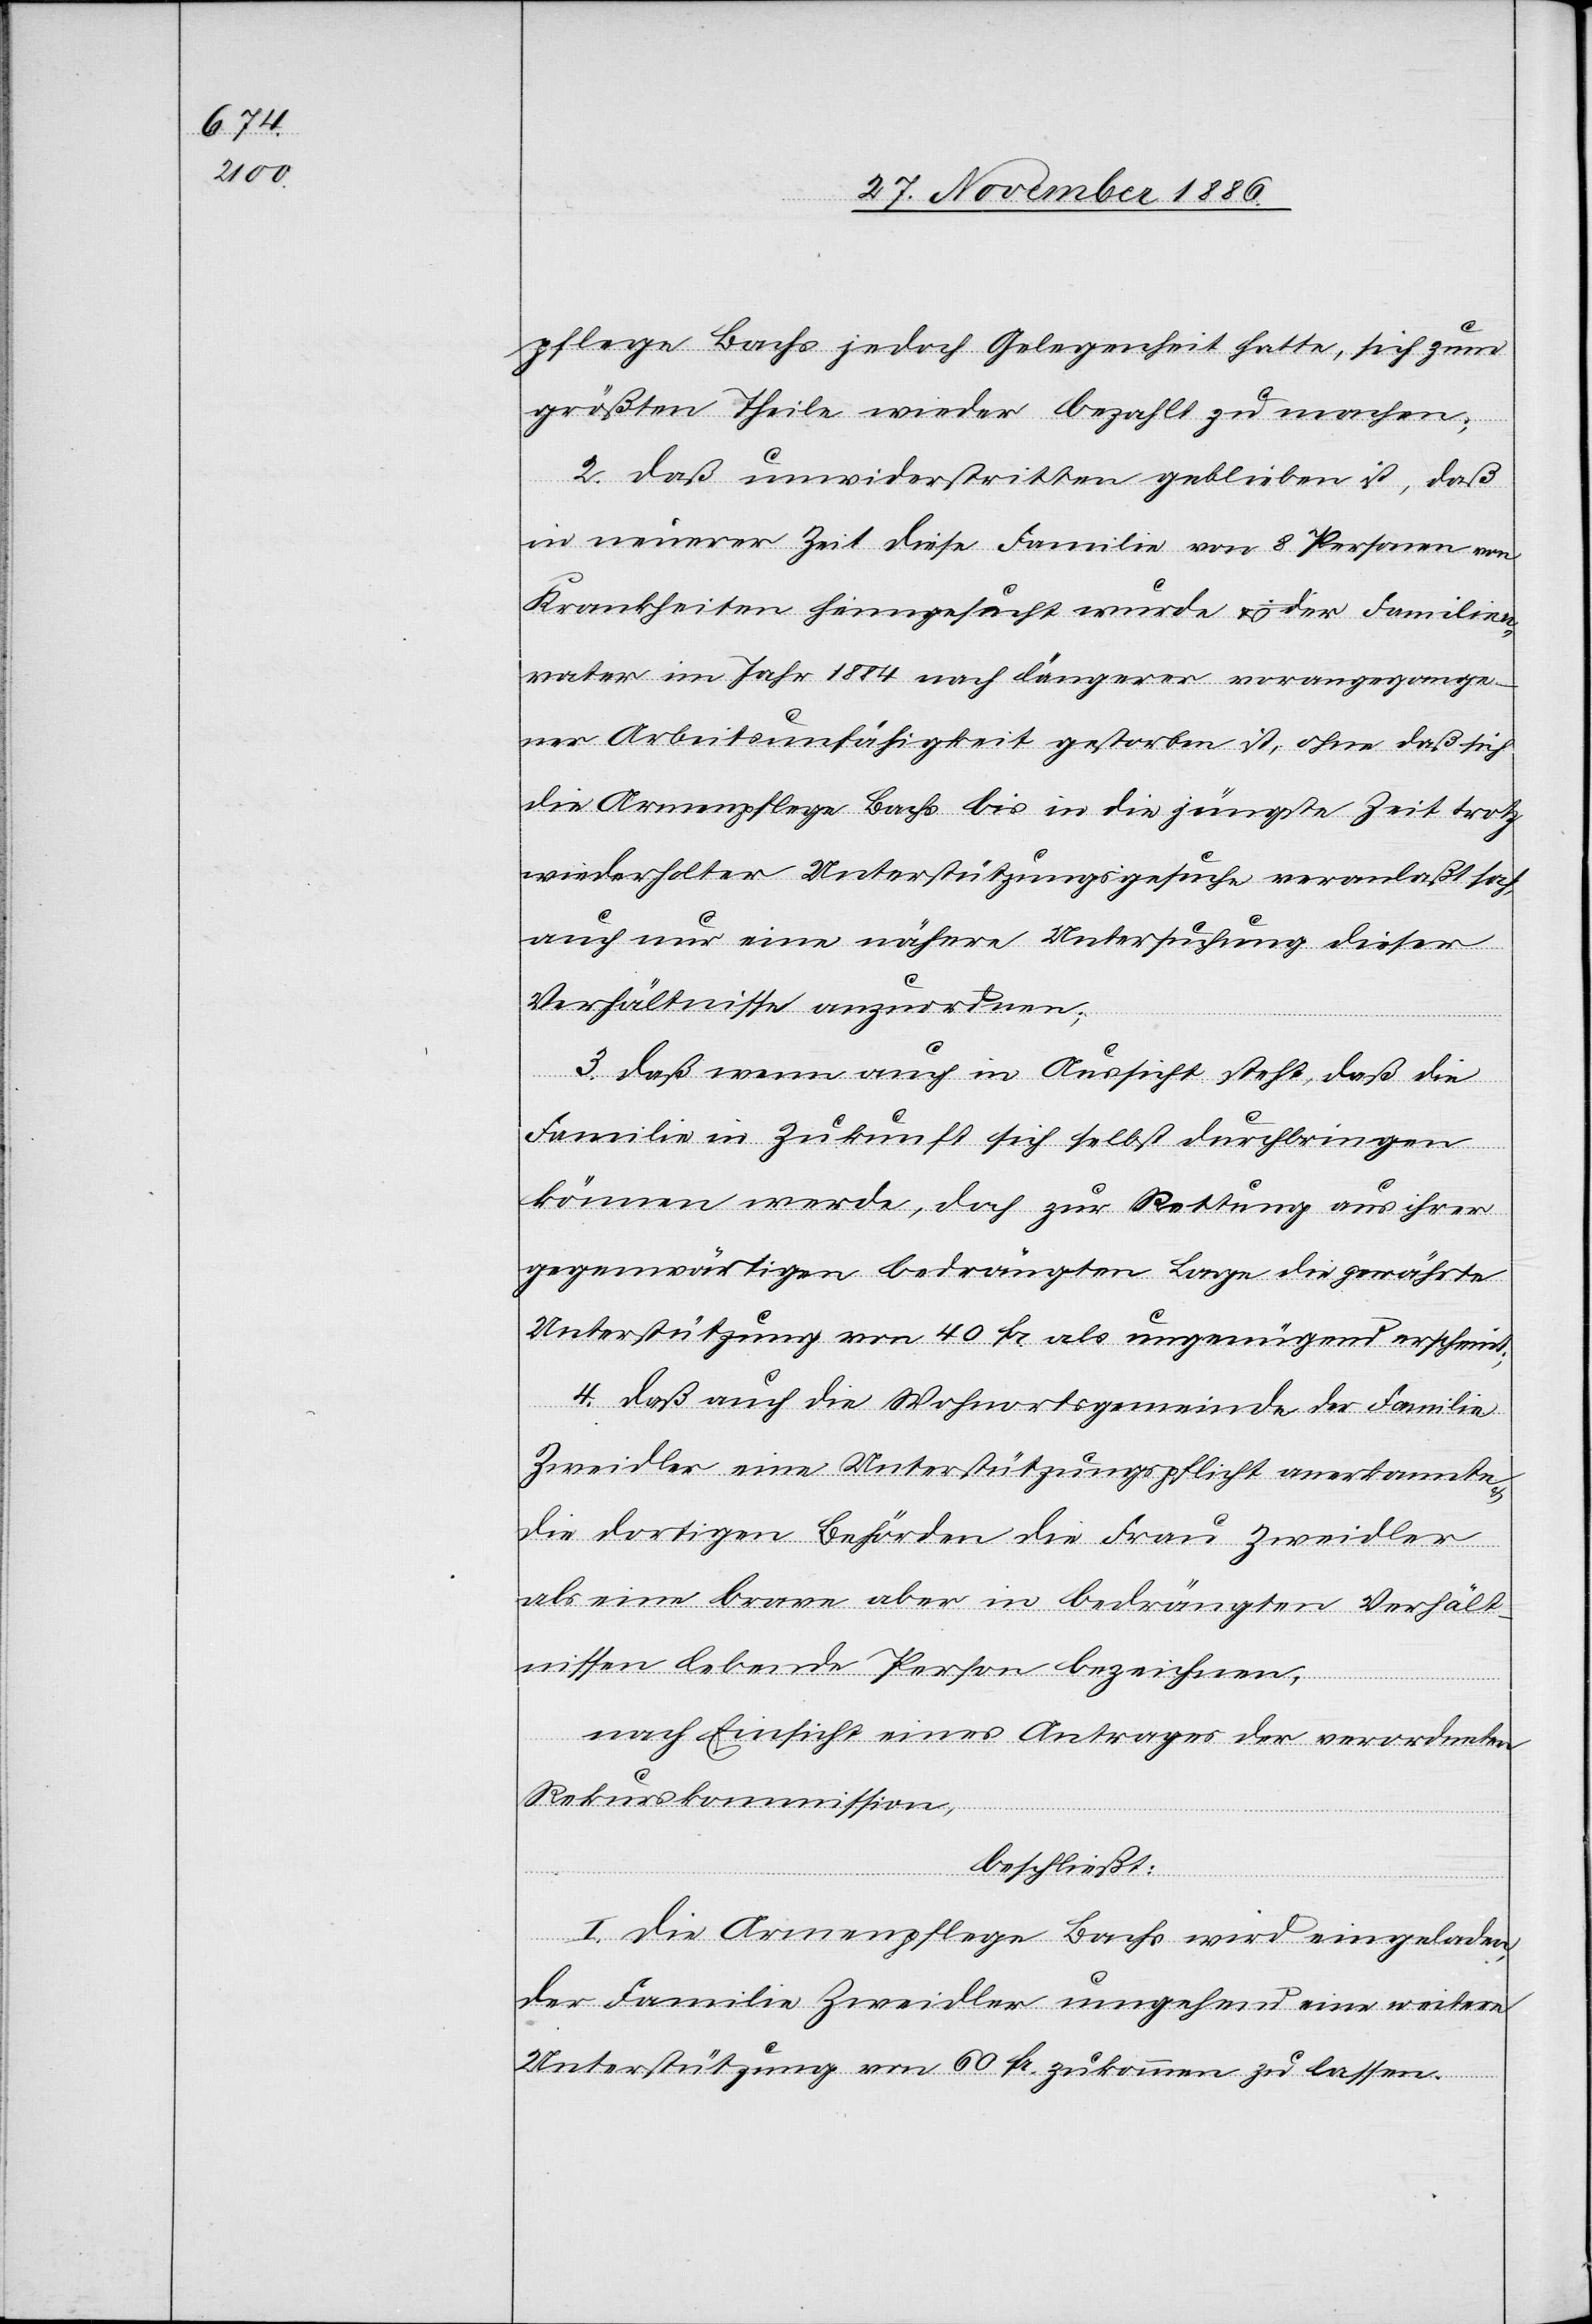
pflege Bachs jedoch Gelegenheit hatte, sich zum
größten Theile wieder bezahlt zu machen;
2. daß unwiderstritten geblieben ist, daß
in neuerer Zeit diese Familie von 8 Personen von
Krankheiten heimgesucht wurde & der Familien¬
vater im Jahr 1884 nach längerer vorangegange¬
ner Arbeitsunfähigkeit gestorben ist, ohne daß sich
die Armenpflege Bachs bis in die jüngste Zeit trotz
wiederholter Unterstützungsgesuche veranlaßt hat,
auch nur eine nähere Untersuchung dieser
Verhältnisse anzuordnen;
3. daß wenn auch in Aussicht steht, daß die
Familie in Zukunft sich selbst durchbringen
können werde, doch zur Rettung aus ihrer
gegenwärtigen bedrängten Lage die gewährte
Unterstützung von 40 Fr. als ungenügend erscheint;
4. daß auch die Wohnortsgemeinde der Familie
Zweidler eine Unterstützungspflicht anerkannte
die dortigen Behörden die Frau Zweidler
als eine brave aber in bedrängten Verhält¬
nissen lebende Person bezeichnen,
nach Einsicht eines Antrages der verordneten
Rekurskommission,
beschließt:
I. Die Armenpflege Bachs wird eingeladen,
der Familie Zweidler umgehend eine weitere
Unterstützung von 60 Fr. zukommen zu lassen.